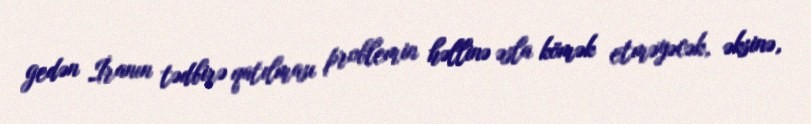
gedən İranın tədbirə qatılması problemin həllinə əsla kömək etməyəcək, əksinə,